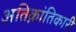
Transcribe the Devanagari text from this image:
अतिक्रांतिकारी